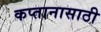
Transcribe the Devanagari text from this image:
कप्तानासाठी